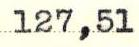
127,51